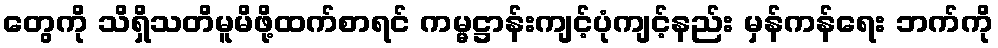
တွေကို သိရှိသတိမူမိဖို့ထက်စာရင် ကမ္မဋ္ဌာန်းကျင့်ပုံကျင့်နည်း မှန်ကန်ရေး ဘက်ကို